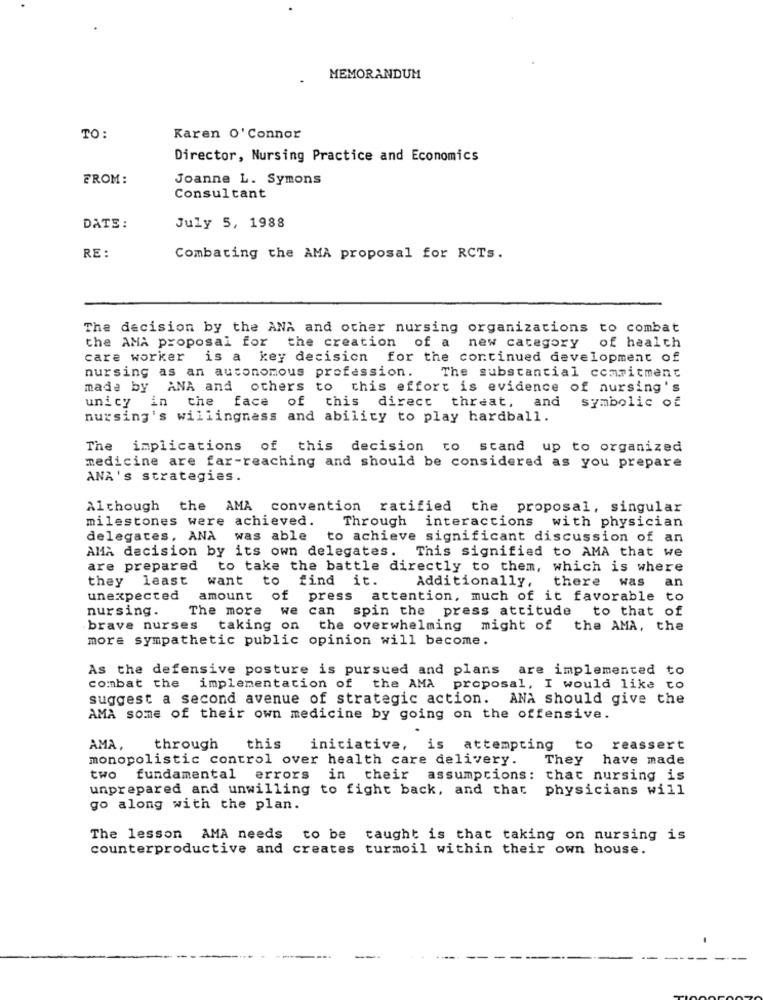
MEMORANDUM
TO:
Karen O' Connor
Director, Nursing Practice and Economics
FROM:
Joanne L. Symons
Consultant
DATE:
July 5, 1988
RE :
Combating the AMA proposal for RCTs.
The decision by the ANA and other nursing organizations to combat
the AMA proposal for the creation of a new category of health
care worker
is a key decision for the continued development of
The substancial commitment
nursing as an autonomous profession.
made by ANA and others to this effort is evidence of nursing's
unicy
che
symbolic of
in
face of this direct threat, and
nursing's willingness and ability to play hardball.
The
implications of this decision to stand up to organized
medicine are far-reaching and should be considered as you prepare
ANA's strategies.
Although the AMA convention ratified the proposal, singular
milestones were achieved.
Through
interactions with physician
delegates, ANA was able
to achieve significant discussion of an
AMa decision by its own delegates.
This signified to AMA that we
are prepared to take the battle directly to them, which is where
they least
want to find it.
Additionally, there was
an
unexpected
amount
of press attention, much of it favorable to
nursing.
The more
we can
spin the press attitude
to that of
brave nurses
taking on the overwhelming might of the AMA, the
more sympathetic public opinion will become.
As the defensive posture is pursued and plans are implemented to
combat the implementation of the AMA proposal, I would like to
suggest a second avenue of strategic action. ANA should give the
AMA some of their own medicine by going on the offensive.
AMA,
through
this
initiative, is attempting
to
reassert
monopolistic control over health care delivery. They have made
two fundamental errors in their assumptions: chat nursing is
unprepared and unwilling to fight back, and that
physicians will
go along with the plan.
The lesson AMA needs to be taught is that taking on nursing is
counterproductive and creates turmoil within their own house.